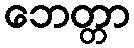
ဘေတ္တာ